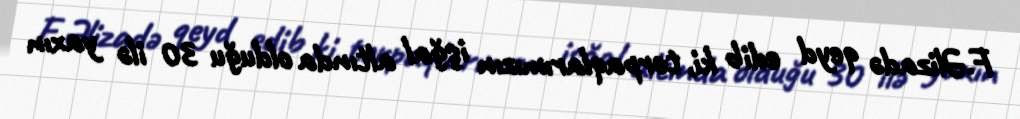
F.Əlizadə qeyd edib ki, torpaqlarımızın işğal altında olduğu 30 ilə yaxın